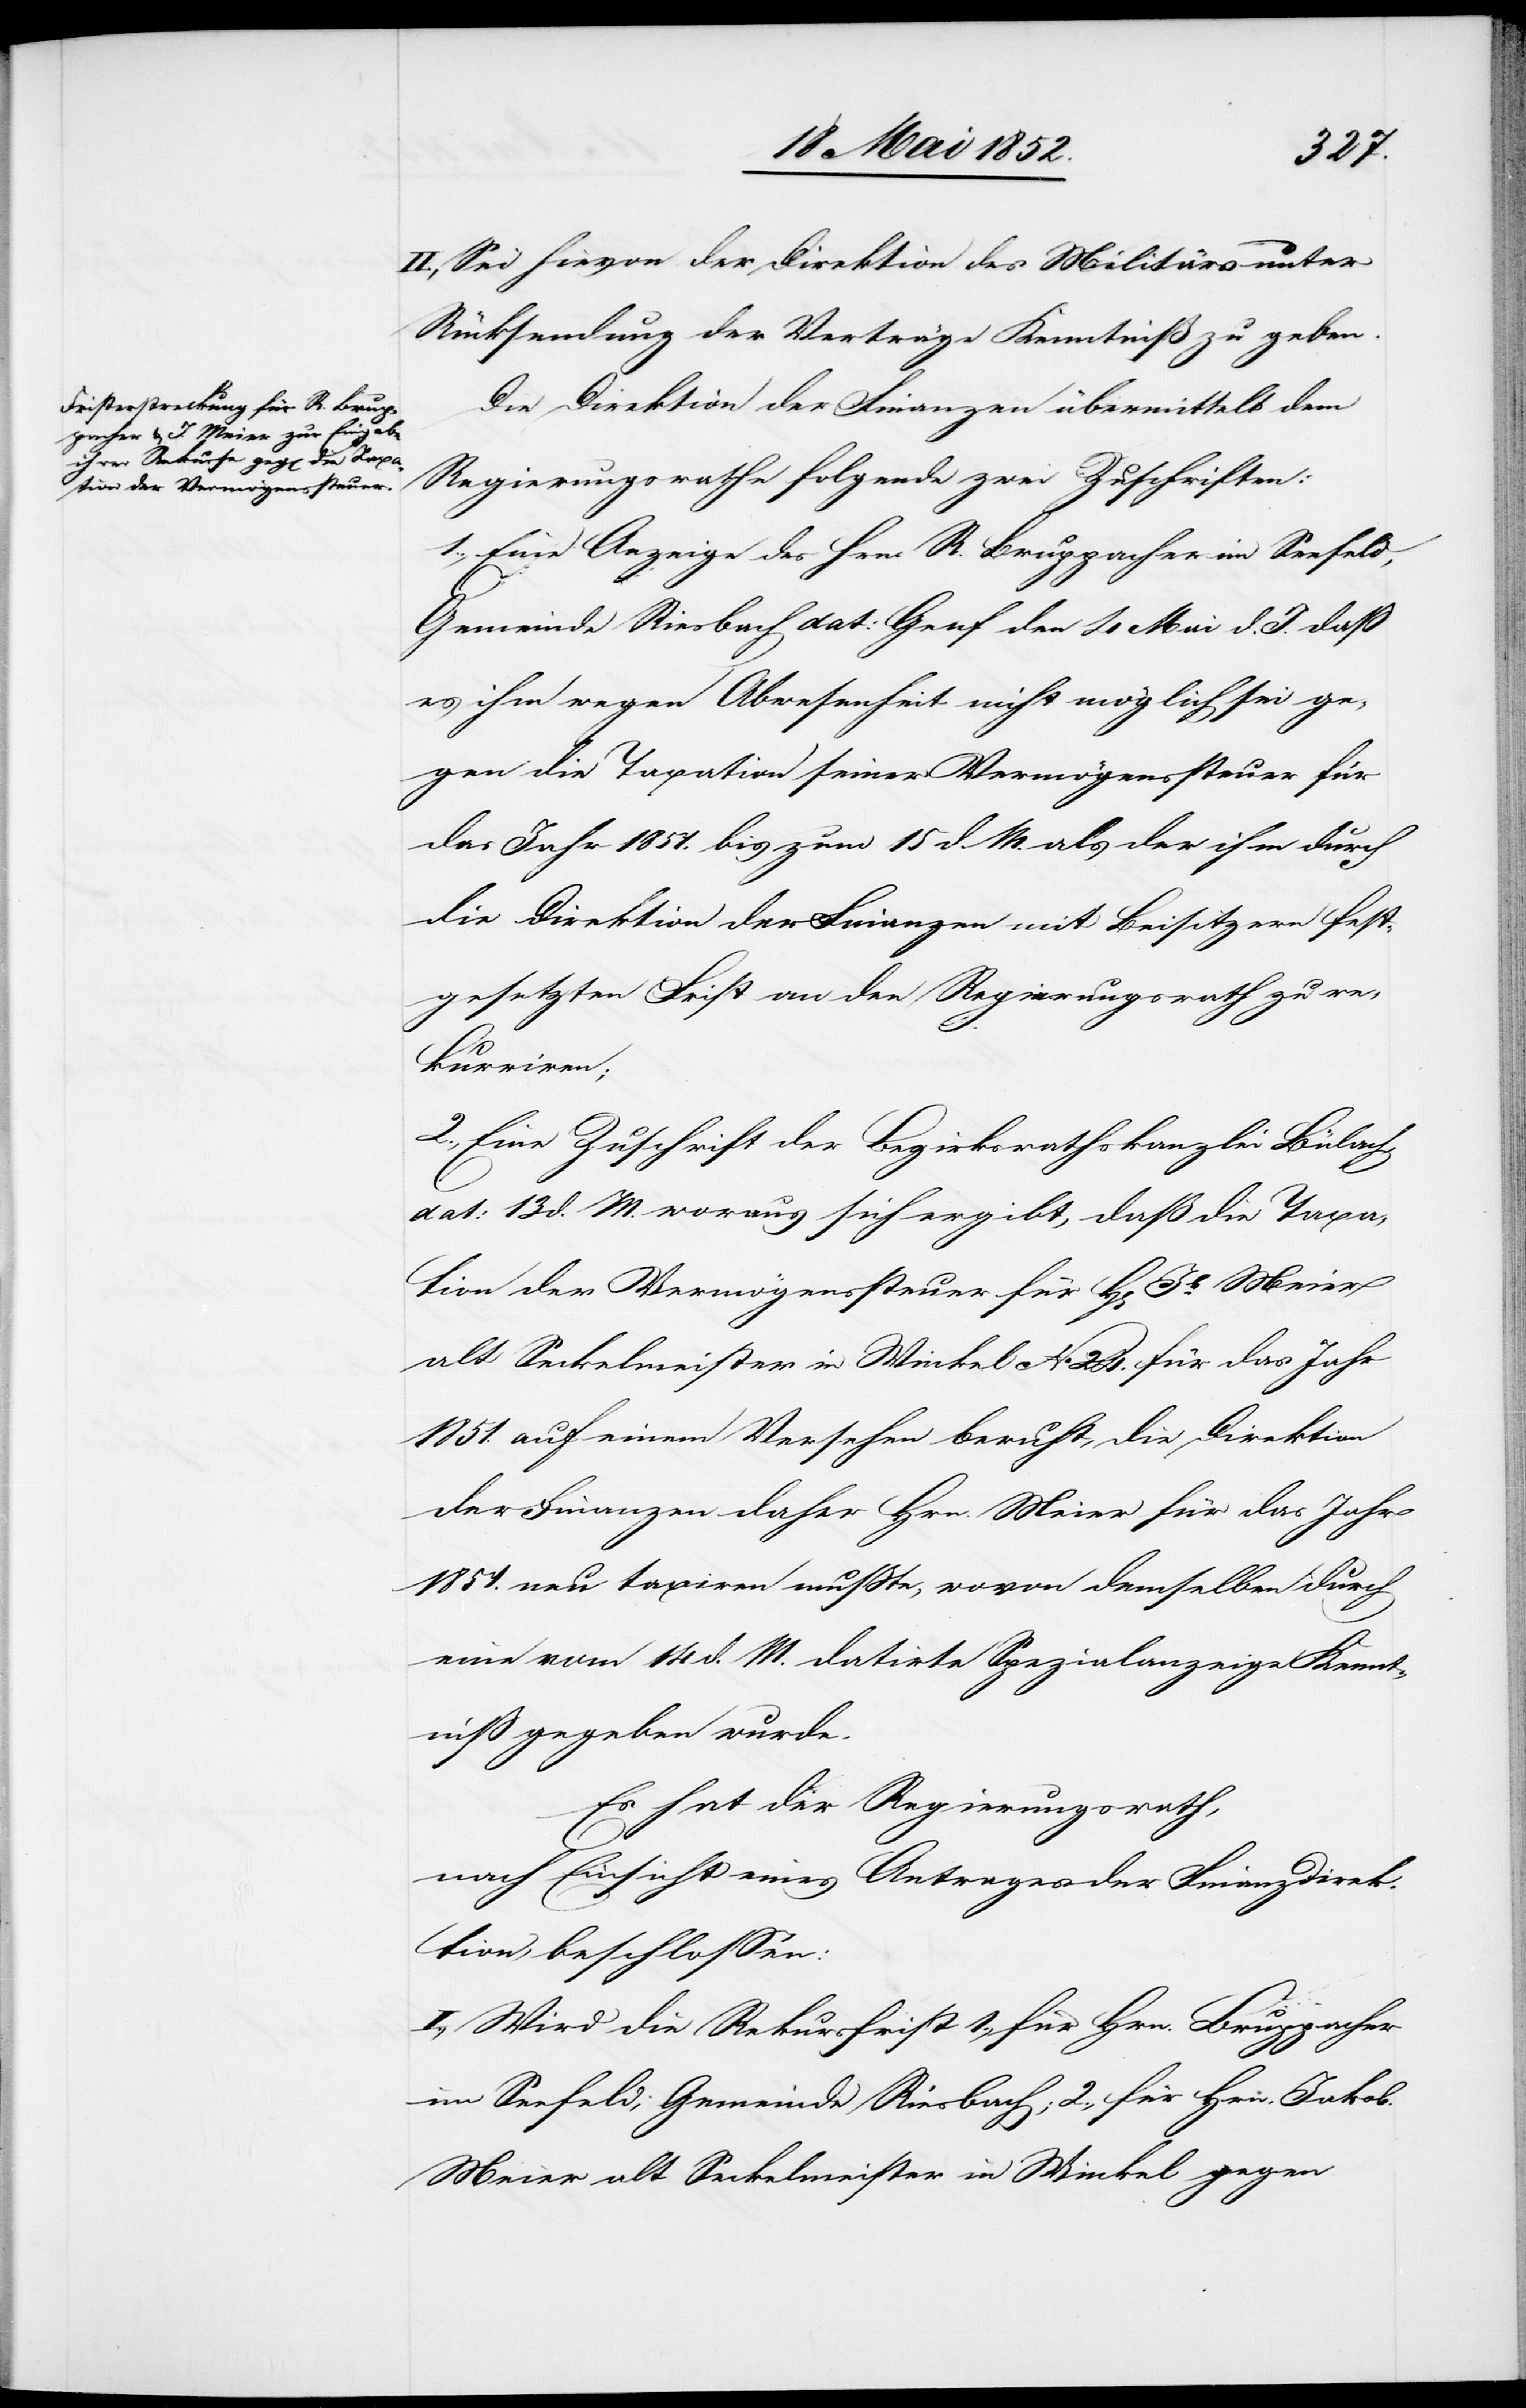
II., Sei hievon der Direktion des Militärs unter
Rücksendung der Verträge Kenntniß zu geben.
Die Direktion der Finanzen übermittelt dem
Regierungsrathe folgende zwei Zuschriften:
Eine Anzeige des Hrn. R. Bruppacher im Seefeld,
Gemeinde Riesbach dat: Genf den 4 Mai d. J. dass
es ihm wegen Abwesenheit nicht möglich sei ge¬
gen die Taxation seiner Vermögenssteuer für
das Jahr 1851. bis zum 15 d. M. als der ihm durch
die Direktion der Finanzen mit Beisitzern fest¬
gesetzten Frist an den Regierungsrath zu re¬
kurriren;
2., Eine Zuschrift der Bezirksrathskanzlei Bülach,
dat: 13 d. M. woraus sich ergibt, daß die Taxa¬
tion der Vermögenssteuer für H[errn] Jb. Meier
alt Seckelmeister in Winkel No 24. für das Jahr
1851. auf einem Versehen beruht, die Direktion
der Finanzen daher Hrn. Meier für das Jahr
1851. neu taxiren musste, wovon demselben durch
eine vom 14 d. M. datirte Spezialanzeige Kennt¬
niss gegeben wurde.
Es hat der Regierungsrath,
nach Einsicht eines Antrages der Finanzdirek¬
tion, beschlossen:
I., Wird die Rekursfrist 1., für Hrn. Bruppacher
im Seefeld; Gemeinde Riesbach; 2., für Hrn. Jakob
Meier alt Seckelmeister in Winkel gegen